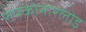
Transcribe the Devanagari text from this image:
रुपकोनारलोइ